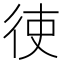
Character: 𫹒